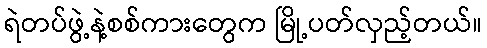
ရဲတပ်ဖွဲ့နဲ့စစ်ကားတွေက မြို့ပတ်လှည့်တယ်။